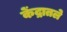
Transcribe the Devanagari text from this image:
केंद्रातले